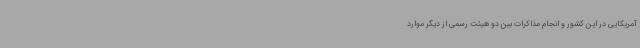
آمریکایی در این کشور و انجام مذاکرات بین دو هیئت رسمی از دیگر موارد